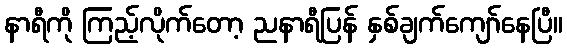
နာရီကို ကြည့်လိုက်တော့ ညနာရီပြန် နှစ်ချက်ကျော်နေပြီ။